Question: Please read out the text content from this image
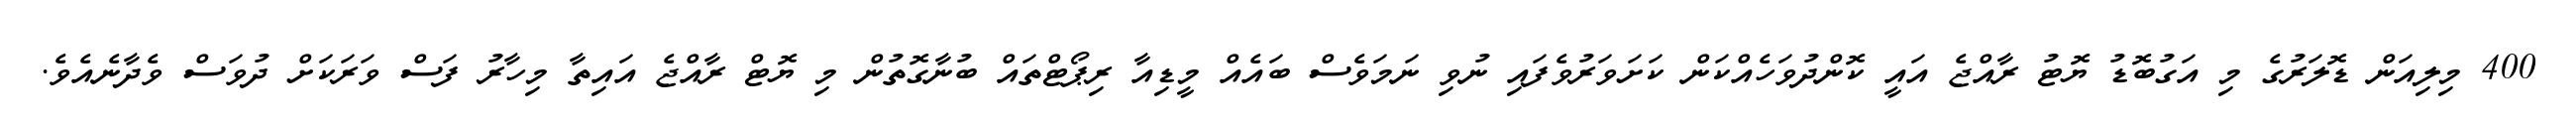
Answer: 400 މިލިއަން ޑޮލަރުގެ މި އަގުބޮޑު ޔޮޓު ރާއްޖެ އައީ ކޮންދުވަހެއްކަން ކަށަވަރުވެފައި ނުވި ނަމަވެސް ބައެއް މީޑިއާ ރިޕޯޓްތައް ބުނާގޮތުން މި ޔޮޓް ރާއްޖެ އައިތާ މިހާރު ފަސް ވަރަކަށް ދުވަސް ވެދާނެއެވެ.